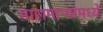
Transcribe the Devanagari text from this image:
मारामाऱ्यांमध्ये